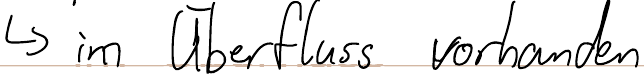
-> im Überfluss vorhanden